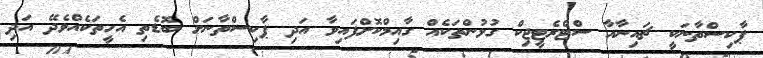
ޕާކިސްތާނަކީ ޗައިނާއާ ސްޓްރެޓީޖިކް ގުޅުންތަކެއް ގާއިމްކޮށްފައިވާ އަދި ޕާކިސްތާނަށް ބޮޑެތި އެހީތަކެއްވެދޭ އަދި